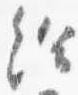
給